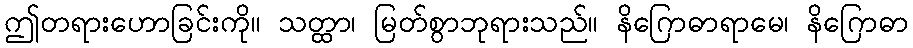
ဤတရားဟောခြင်းကို။ သတ္ထာ၊ မြတ်စွာဘုရားသည်။ နိဂြောဓာရာမေ၊ နိဂြောဓာ